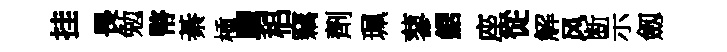
挂畏勉幣綦㮔舅梠竊劑珮蓼鋸座從解风断示劔